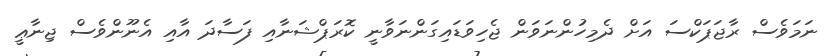
ނަމަވެސް ރާޖަޕަކްސަ އަށް ދެމިހުންނަވަން ޖެހިވަޑައިގަންނަވާނީ ކޮރަޕްޝަނާއި ފަސާދަ އާއި އެނޫންވެސް ޖިނާޢީ